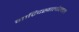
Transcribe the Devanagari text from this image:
माद्रिदखालोखाल